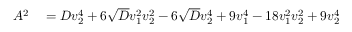
\begin{array} { r l } { A ^ { 2 } } & { { } = D v _ { 2 } ^ { 4 } + 6 \sqrt { D } v _ { 1 } ^ { 2 } v _ { 2 } ^ { 2 } - 6 \sqrt { D } v _ { 2 } ^ { 4 } + 9 v _ { 1 } ^ { 4 } - 1 8 v _ { 1 } ^ { 2 } v _ { 2 } ^ { 2 } + 9 v _ { 2 } ^ { 4 } } \end{array}